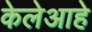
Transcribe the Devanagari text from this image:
केलेआहे